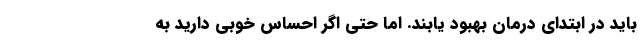
باید در ابتدای درمان بهبود یابند. اما حتی اگر احساس خوبی دارید به